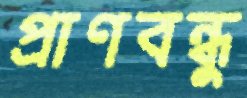
প্রাণবন্ধু